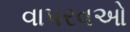
વાપરવઓ